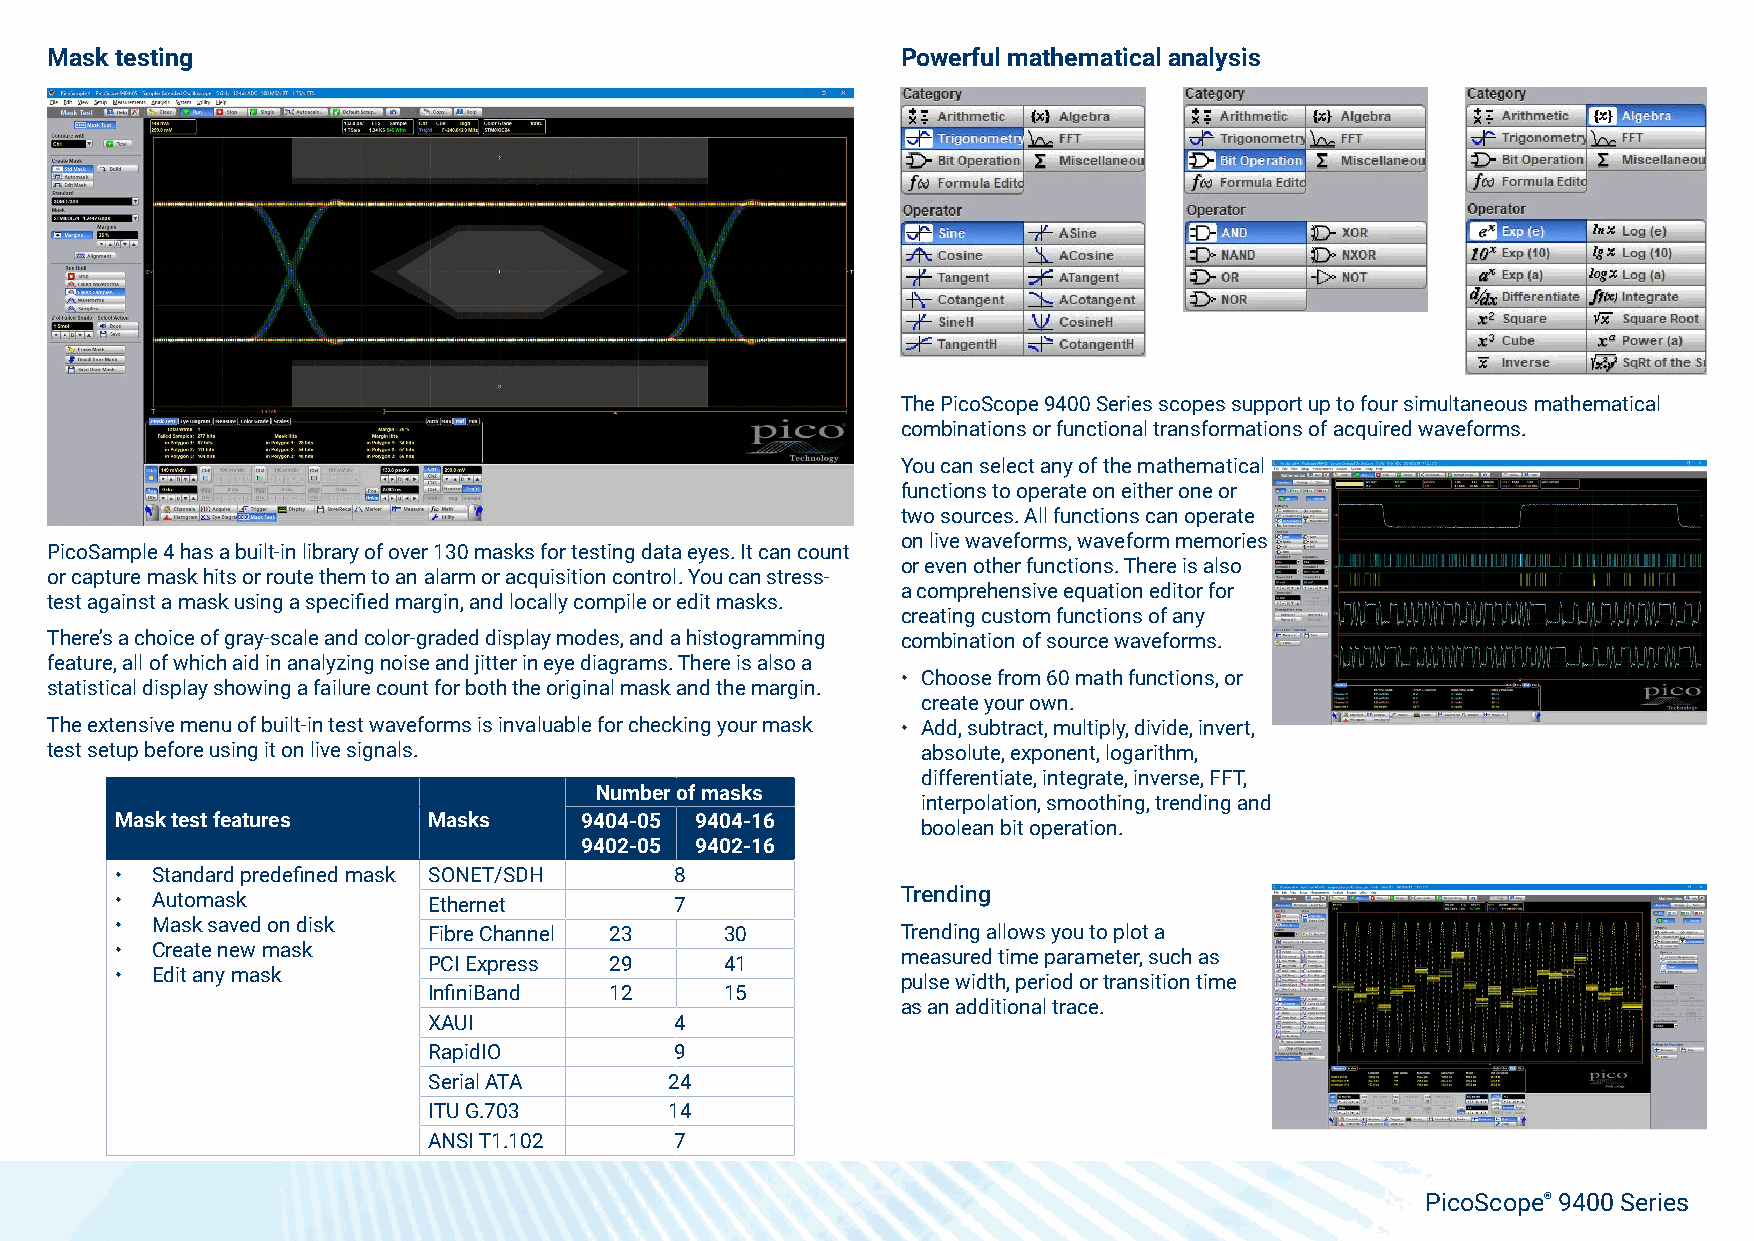
Mask testing                                             Powerful mathematical analysis
 The PicoScope 9400 Series scopes support up to four simultaneous mathematical
 combinations or functional transformations of acquired waveforms.
 You can select any of the mathematical
 functions to operate on either one or
 two sources. All functions can operate
 on live waveforms, waveform memories
 PicoSample 4 has a built-in library of over 130 masks for testing data eyes. It can count
 or even other functions. There is also
 or capture mask hits or route them to an alarm or acquisition control. You can stress-
 a comprehensive equation editor for
 test against a mask using a specified margin, and locally compile or edit masks.
 creating custom functions of any
 There’s a choice of gray-scale and color-graded display modes, and a histogramming combination of source waveforms.
 feature, all of which aid in analyzing noise and jitter in eye diagrams. There is also a
 • Choose from 60 math functions, or
 statistical display showing a failure count for both the original mask and the margin.
 create your own.
 The extensive menu of built-in test waveforms is invaluable for checking your mask • Add, subtract, multiply, divide, invert,
 test setup before using it on live signals.               absolute, exponent, logarithm,
 differentiate, integrate, inverse, FFT,
 Number of masks
 interpolation, smoothing, trending and
 Mask test features  Masks     9404-05 9404-16        boolean bit operation.
 9402-05 9402-16
 • Standard predefined mask SONET/SDH 8
 Trending
 • Automask          Ethernet         7
 • Mask saved on disk
 Fibre Channel 23    30          Trending allows you to plot a
 • Create new mask
 measured time parameter, such as
 PCI Express 29      41
 • Edit any mask
 pulse width, period or transition time
 InfiniBand  12      15
 as an additional trace.
 XAUI             4
 RapidIO          9
 Serial ATA      24
 ITU G.703       14
 ANSI T1.102      7
 PicoScope® 9400 Series